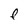
Character: F